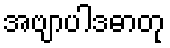
အဗျာပါဒဓာတု